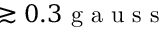
\gtrsim 0 . 3 \mathrm { ~ g ~ a ~ u ~ s ~ s ~ }